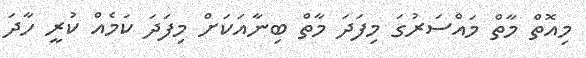
މިއޮތް މާތް މައްސަރުގަ މިފަދަ މާތް ބިނާއަކަށް މިފަދަ ކަމެއް ކުރީ ހާދަ